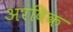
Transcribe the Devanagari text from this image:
अरविक